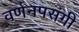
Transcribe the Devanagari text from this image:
वर्णनपसंगी